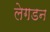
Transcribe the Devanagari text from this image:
लेगडन